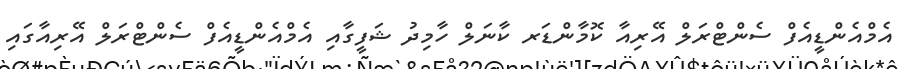
އެމްއެންޑީއެފް ސެންޓްރަލް އޭރިއާ ކޮމާންޑަރ ކާނަލް ހާމިދު ޝަފީގާއި އެމްއެންޑީއެފް ސެންޓްރަލް އޭރިއާގައި